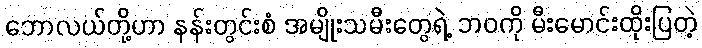
ဘောလယ်တို့ဟာ နန်းတွင်းစံ အမျိုးသမီးတွေရဲ့ ဘဝကို မီးမောင်းထိုးပြတဲ့